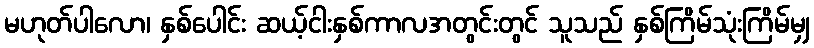
မဟုတ်ပါလော၊ နှစ်ပေါင်း ဆယ့်ငါးနှစ်ကာလအတွင်းတွင် သူသည် နှစ်ကြိမ်သုံးကြိမ်မျှ